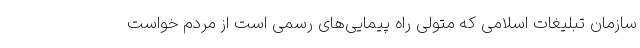
سازمان تبلیغات اسلامی که متولی راه پیمایی‌های رسمی است از مردم خواست